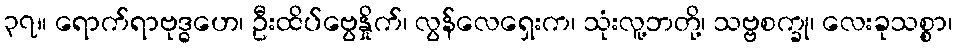
၃၇။ ရောက်ရာဗုဒ္ဓဟေ၊ ဦးထိပ်ဗွေနှိုက်၊ လွန်လေရှေးက၊ သုံးလူ့ဘတို့၊ သဗ္ဗစက္ခု၊ လေးခုသစ္စာ၊